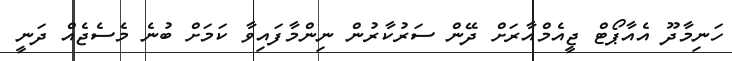
ހަނިމާދޫ އެއާޕޯޓް ޖީއެމްއާރަށް ދޭން ސަރުކާރުން ނިންމާފައިވާ ކަމަށް ބުނެ މެސެޖެއް ދަނީ